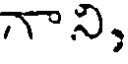
గాని,